Annual report of the Punjab Veterinary College and of the Civil Veterinary Department, Punjab - 1926-1932
Year: 1926
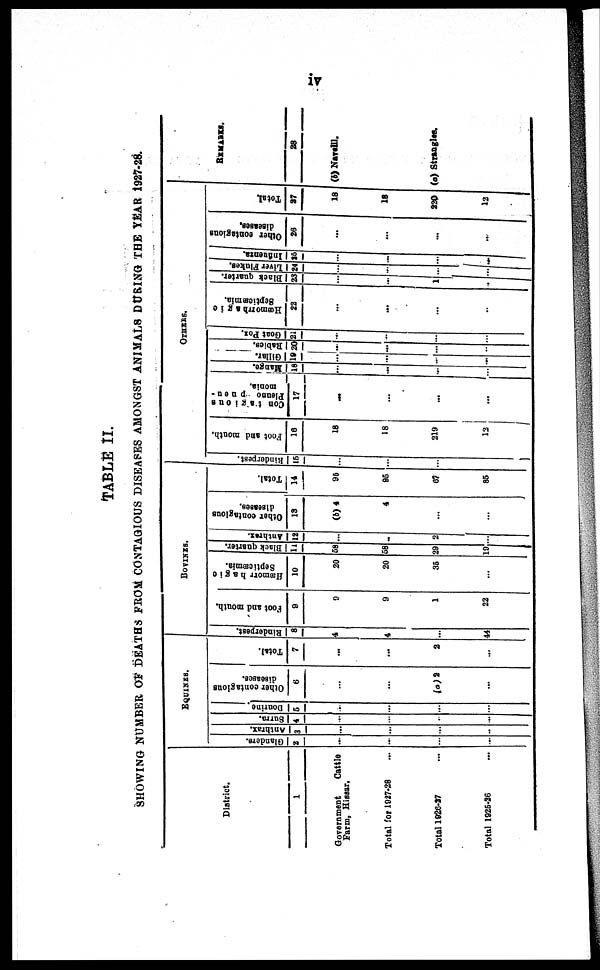
iv
TABLE II.
SHOWING NUMBER OF DEATHS FROM CONTAGIOUS DISEASES AMONGST ANIMALS DURING THE YEAR 1927-28.
District.
1
Government
Cattle
Farm, Hissar.
Total for 1927-28 ...
Total 1926-27 ...
Total 1925-26 ...
EQUINES.
Glanders.
2
...
...
...
...
Anthrax.
3
...
...
...
...
Surra.
4
...
...
...
...
Dourine
5
...
...
...
...
Other contagious
diseases.
6
...
...
(a) 2
...
Total.
7
...
...
2
...
BOVINES.
Ri nde r
pe s t
.
8
4
4
...
44
Foot and mouth.
9
9
9
1
22
Hæmorrhagic
Septicæmia.
10
20
20
35
...
Black quarter.
11
58
58
29
19
Anthrax.
12
...
...
2
...
Ot her contagious
di s eas es .
13
(b) 4
4
...
...
Total.
14
95
95
67
85
OTHERS.
Rinderpest.
15
...
...
...
Foot and mouth.
16
18
18
219
12
Cont a gi ous
Pl eur o pneu¬
monia.
17
...
...
...
...
Mange.
18
...
...
...
...
Gillar.
19
...
...
...
...
Rabies.
20
...
...
...
...
Goat Pox.
21
...
...
...
...
Hæmorrhagic
Septicæmia.
22
...
...
...
...
Black quarter.
23
...
...
1
...
Liver Fl ukes.
24
...
...
...
...
I nf l
uenza.
25
...
...
...
...
Ot her contagious
di s eas es .
26
...
...
...
...
Total.
27
18
18
220
12
REMARKS.
28
(b) Naveill.
(a) Strangles.